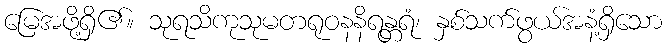
မြေအဖို့ရှိ၏။ သုရသိကုသုမတရုဝနနိရန္တရံ၊ နှစ်သက်ဖွယ်အနံ့ရှိသော